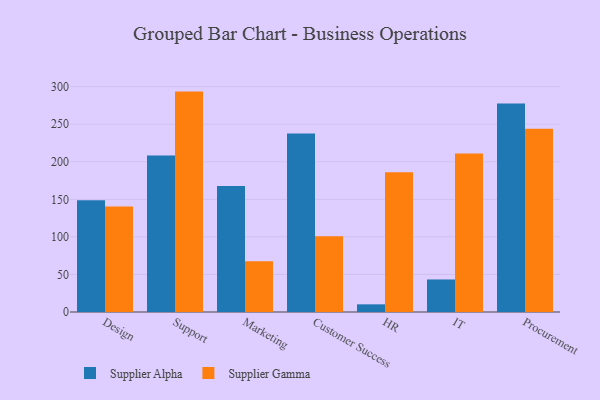
{"axis": {"x": "Department", "y": "Page Views"}, "legend": ["Supplier Alpha", "Supplier Gamma"], "data": [{"x": "Design", "y": 148.6, "type": "Supplier Alpha"}, {"x": "Design", "y": 140.5, "type": "Supplier Gamma"}, {"x": "Support", "y": 208.3, "type": "Supplier Alpha"}, {"x": "Support", "y": 293.4, "type": "Supplier Gamma"}, {"x": "Marketing", "y": 167.7, "type": "Supplier Alpha"}, {"x": "Marketing", "y": 67.7, "type": "Supplier Gamma"}, {"x": "Customer Success", "y": 237.6, "type": "Supplier Alpha"}, {"x": "Customer Success", "y": 101.0, "type": "Supplier Gamma"}, {"x": "HR", "y": 10.2, "type": "Supplier Alpha"}, {"x": "HR", "y": 186.2, "type": "Supplier Gamma"}, {"x": "IT", "y": 43.3, "type": "Supplier Alpha"}, {"x": "IT", "y": 211.0, "type": "Supplier Gamma"}, {"x": "Procurement", "y": 277.7, "type": "Supplier Alpha"}, {"x": "Procurement", "y": 244.0, "type": "Supplier Gamma"}]}